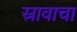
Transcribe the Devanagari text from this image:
स्रावाचा